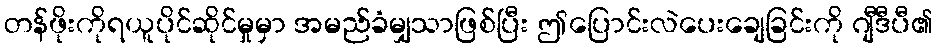
တန်ဖိုးကိုရယူပိုင်ဆိုင်မှုမှာ အမည်ခံမျှသာဖြစ်ပြီး ဤပြောင်းလဲပေးချေခြင်းကို ဂျီဒီပီ၏